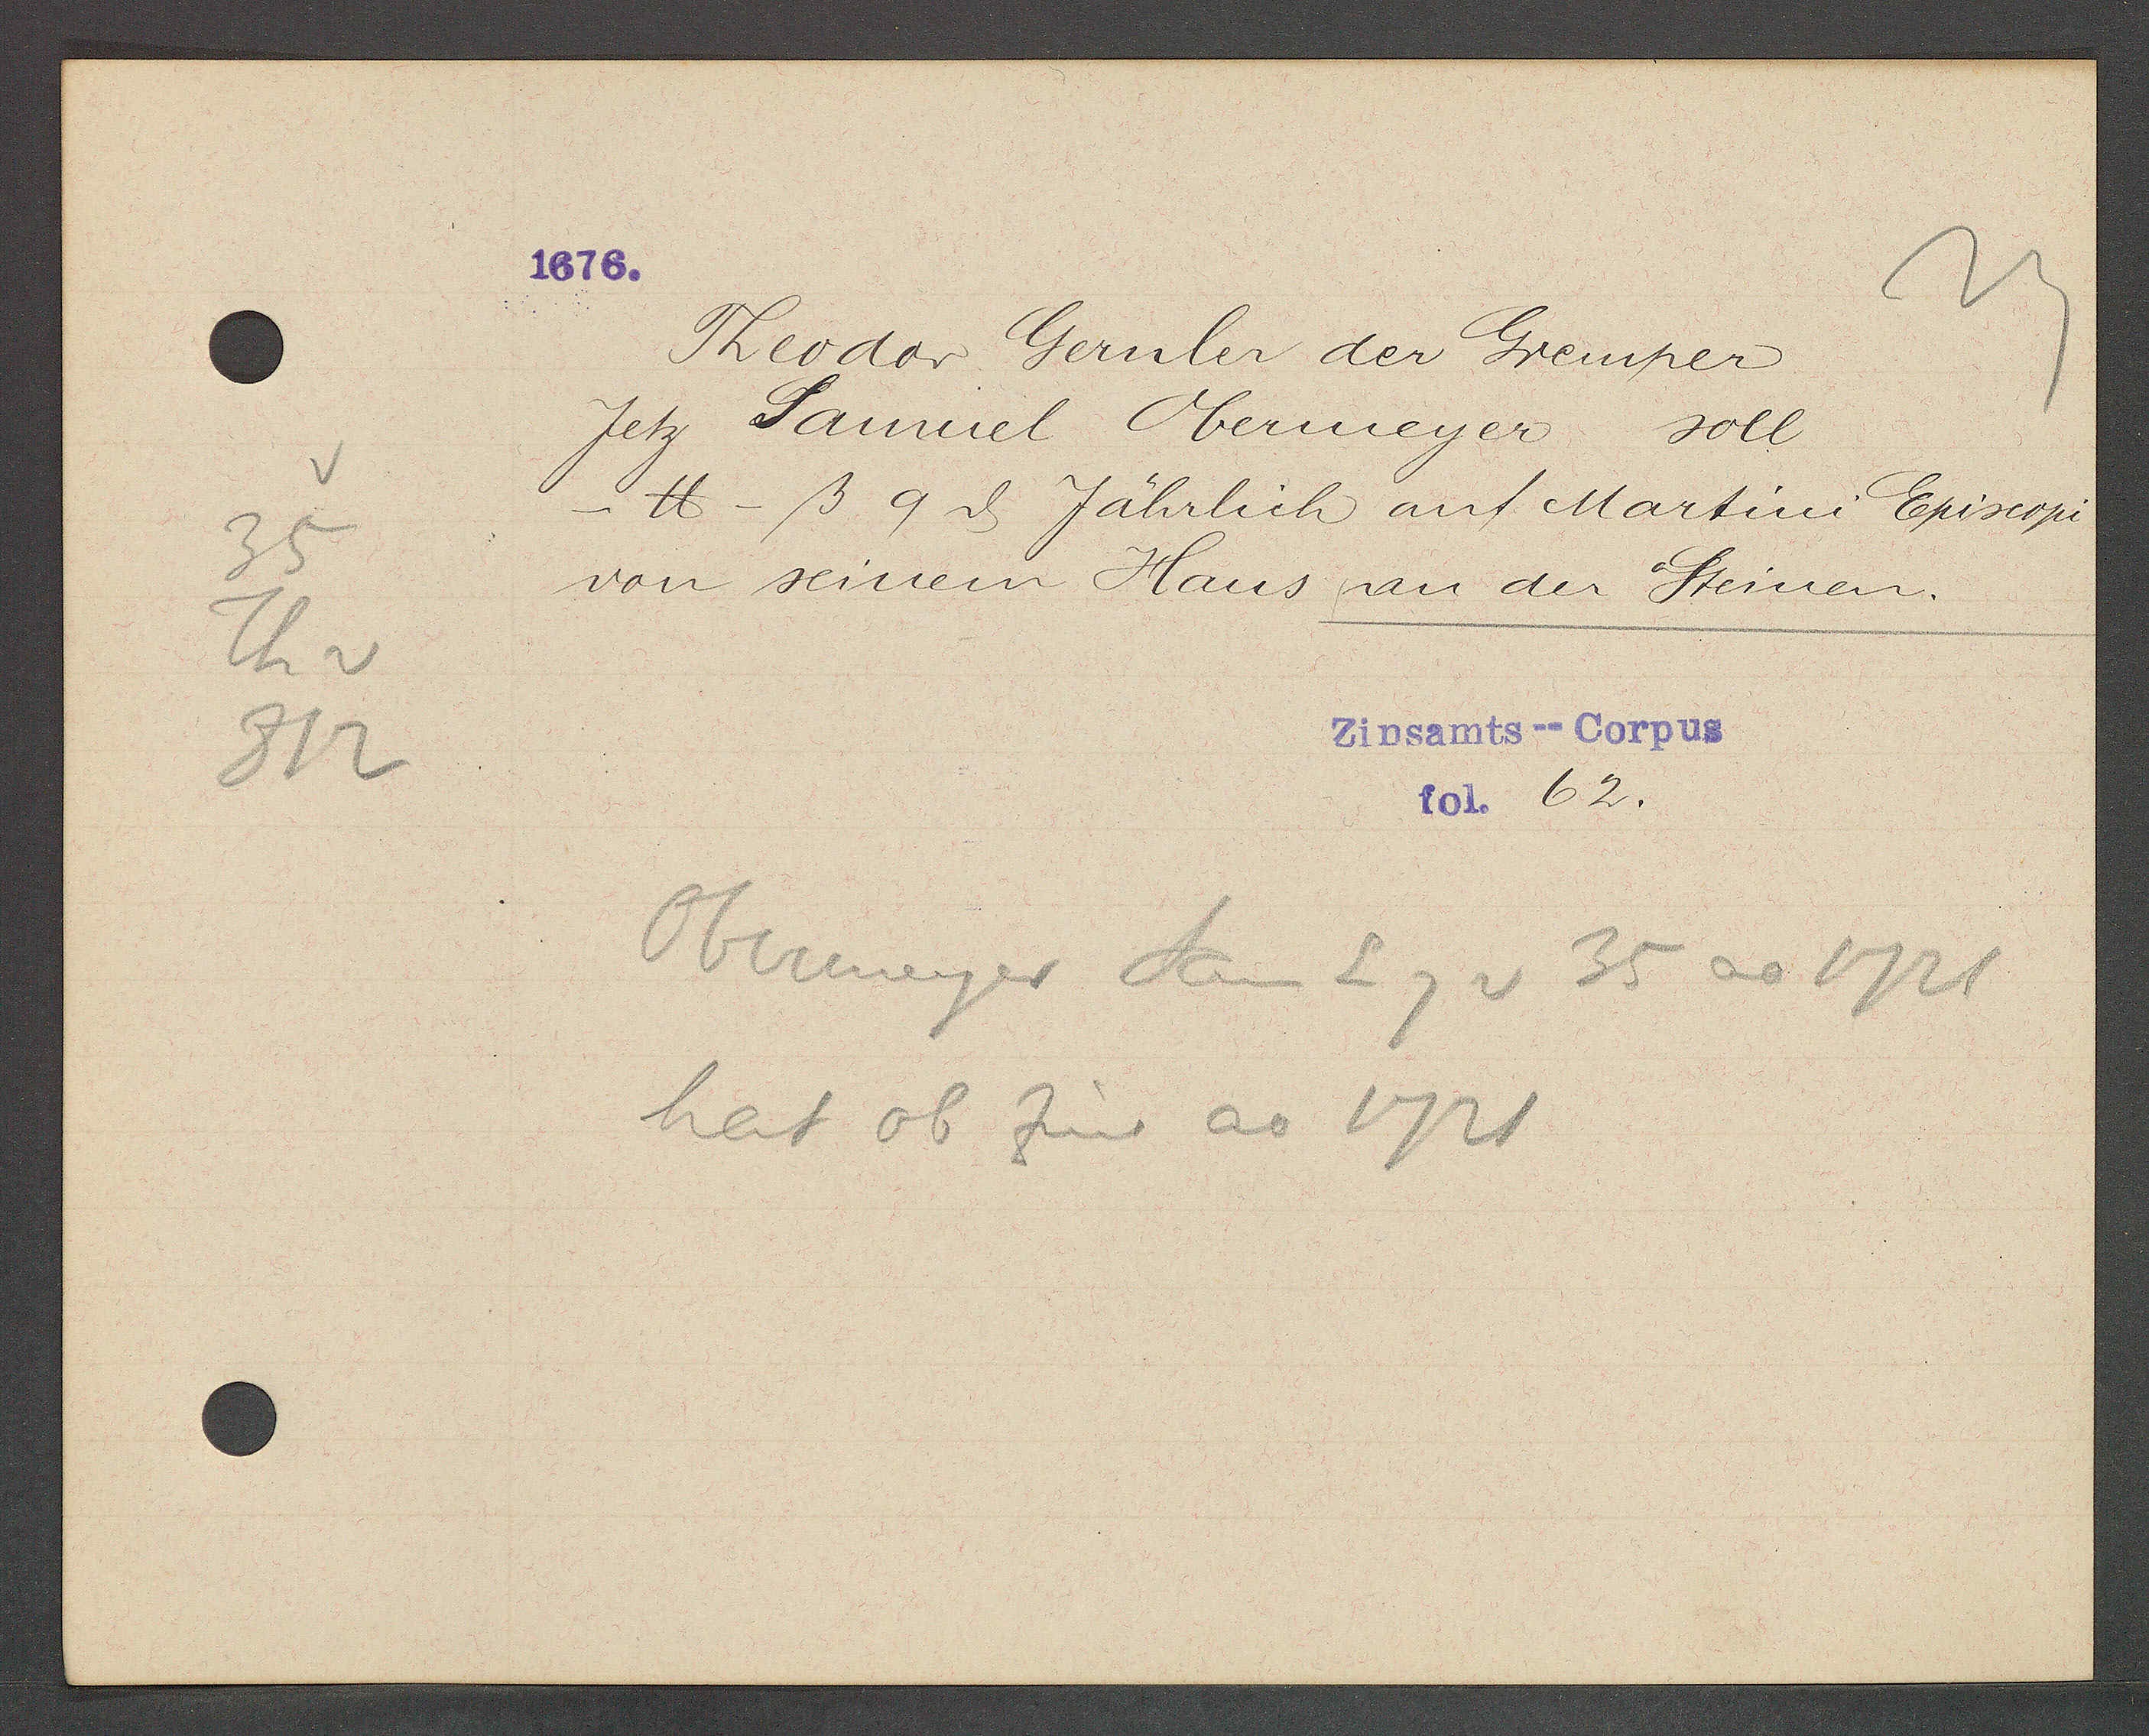
Transcript:
35
Th v
812

1676.

Theodor Gernler der Gremper
Jetz Samuel Obermeyer soll
- ℔ -ß 9ȡ Jährlich auf Martini Episcopi
von seinem Haus an der Steinen.

Zinsamts--Corpus
fol. 62.

Obermeyer Sam Eig v 35 ao 1721
hat ob Zins ao 1721